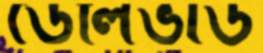
ডেলিভার্ড